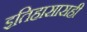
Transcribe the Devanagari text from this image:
इतिहासासही